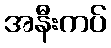
အနီးကပ်